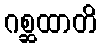
ဂစ္ဆထာတိ